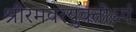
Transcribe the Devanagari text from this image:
श्रीरमवरयुक्‍तोऽयं